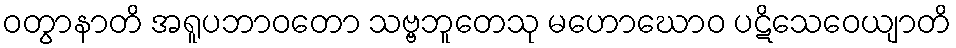
ဝတွာနာတိ အရူပဘာဝတော သဗ္ဗဘူတေသု မဟောဃောဝ ပဋိသေဝေယျာတိ